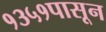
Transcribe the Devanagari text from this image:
१३५१पासून